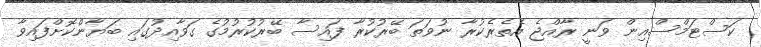
ކަސްޓަމްސްއިން ވަނީ ރާއްޖެ އެތެރެކުރާ ނުވަތަ ބޭރުކުރާ ފައިސާ ބޭރުކުރުމުގެ ގަވާއިދުގައި ބަޔާންކޮށްފައިވާ